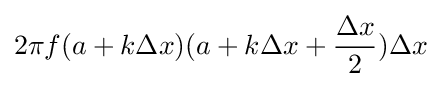
2\pi f(a+k\Delta x)(a+k\Delta x+{\frac {\Delta x}{2}})\Delta x